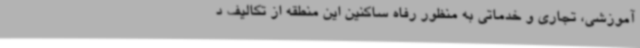
آموزشی، تجاری و خدماتی به منظور رفاه ساکنین این منطقه از تکالیف د